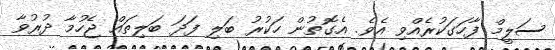
ސަލީމް ފާހަގަކުރެއްވި އެވެ. އެގޮތުން ހަކުރު ބަލި ފަދަ ބަލިތައް ޖެހުމާ ދުރުވާ